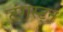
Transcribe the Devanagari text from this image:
टंगस्ट्न